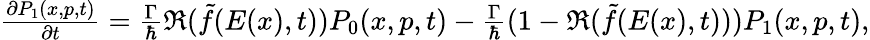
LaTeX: \begin{array}{r}{\frac{\partial P_{1}(x,p,t)}{\partial t}=\frac{\Gamma}{\hbar}\Re(\tilde{f}(E(x),t))P_{0}(x,p,t)-\frac{\Gamma}{\hbar}(1-\Re(\tilde{f}(E(x),t)))P_{1}(x,p,t),}\end{array}